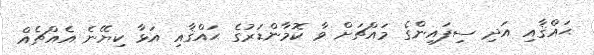
ޙައްޤާއި އަދި ސިފައިންގެ މައްޗަށް ވާ ކޮމާންޑަރުގެ ޙައްޤާއި އަޅާ ކިޔޭނެ އެއްޗެއް